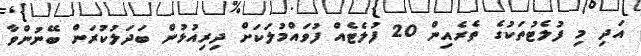
އަދި މި ފުލެޓުތަކުގެ ތެރެއިން 20 ފުލެޓެއް ފުވައްމުލަކަށް ދިރިއުޅުން ބަދަލުކުރަން ބޭނުންވާ